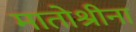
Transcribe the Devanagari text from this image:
मातोश्रीना